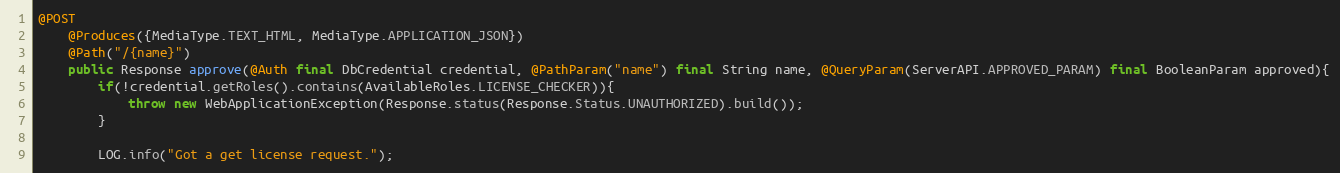
Language: Java
@POST
    @Produces({MediaType.TEXT_HTML, MediaType.APPLICATION_JSON})
    @Path("/{name}")
    public Response approve(@Auth final DbCredential credential, @PathParam("name") final String name, @QueryParam(ServerAPI.APPROVED_PARAM) final BooleanParam approved){
        if(!credential.getRoles().contains(AvailableRoles.LICENSE_CHECKER)){
            throw new WebApplicationException(Response.status(Response.Status.UNAUTHORIZED).build());
        }

        LOG.info("Got a get license request.");